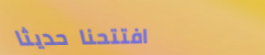
افتتحنا حديثاً